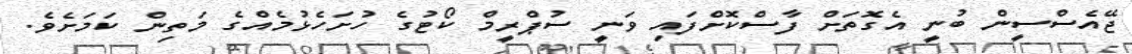
ޖޭއެސްސީން ބުނީ އެގޮތަށް ފާސްކޮށްފައި ވަނީ ސުޕްރީމް ކޯޓުގެ ހުށަހެޅުމެއްގެ މަތިން ކަމަށެވެ.